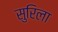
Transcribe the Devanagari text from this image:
सुरिला